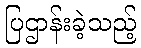
ပြဌာန်းခဲ့သည့်